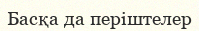
Басқа да періштелер